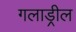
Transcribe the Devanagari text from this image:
गलाड्रील